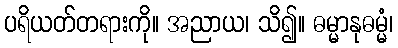
ပရိယတ်တရားကို။ အညာယ၊ သိ၍။ ဓမ္မာနုဓမ္မံ၊